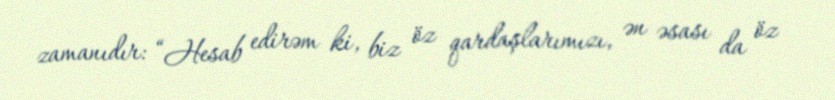
zamanıdır: “Hesab edirəm ki, biz öz qardaşlarımızı, ən əsası da öz